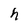
Character: h